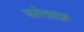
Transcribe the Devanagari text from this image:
पठेत्प्राज्ञः